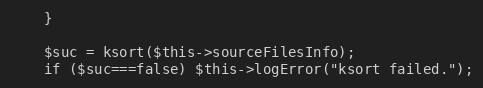
Language: PHP
    }

    $suc = ksort($this->sourceFilesInfo);
    if ($suc===false) $this->logError("ksort failed.");